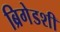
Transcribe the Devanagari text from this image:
ब्रिगेडशी